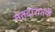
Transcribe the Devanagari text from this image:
मतदारातर्फे